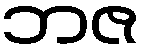
ဘဇ